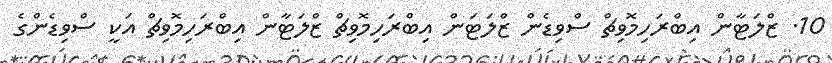
10. ޒްލަޓާން އިބްރަހިމޮވިޗް ސްވިޑެން ޒްލަޓަން އިބްރަހިމޮވިޗް ޒްލަޓާން އިބްރަހިމޮވިޗް އަކީ ސްވިޑެންގެ